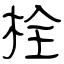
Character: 栓